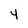
Character: 4